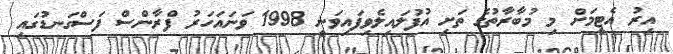
އިރު އެޓީމަށް މި މުބާރާތުގެ ތަށި އުފުލައިލެވިފައިވަނީ 1998 ވަނައަހަރު ފްރާންސް ފަސްގަނޑުގައި